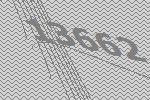
13662